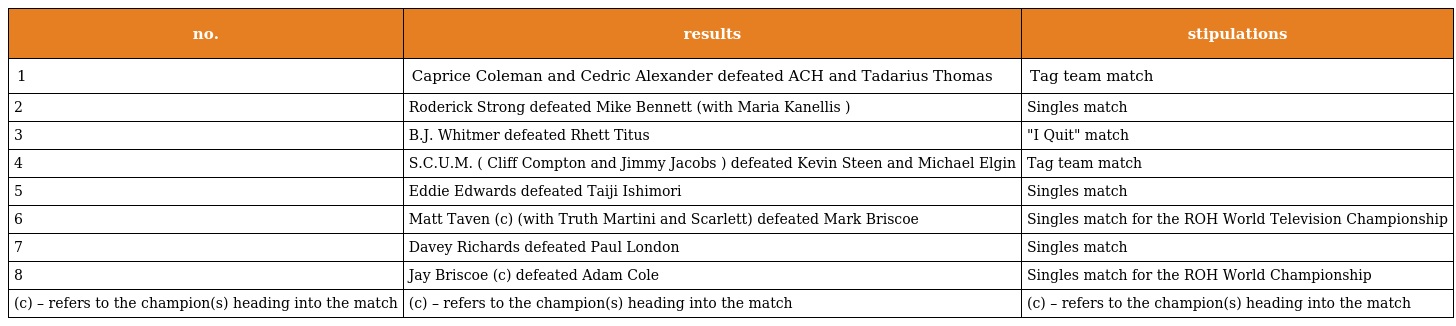
| no. | results | stipulations |
 | --- | --- | --- |
 | 1 | Caprice Coleman and Cedric Alexander defeated ACH and Tadarius Thomas | Tag team match |
 | 2 | Roderick Strong defeated Mike Bennett (with Maria Kanellis ) | Singles match |
 | 3 | B.J. Whitmer defeated Rhett Titus | "I Quit" match |
 | 4 | S.C.U.M. ( Cliff Compton and Jimmy Jacobs ) defeated Kevin Steen and Michael Elgin | Tag team match |
 | 5 | Eddie Edwards defeated Taiji Ishimori | Singles match |
 | 6 | Matt Taven (c) (with Truth Martini and Scarlett) defeated Mark Briscoe | Singles match for the ROH World Television Championship |
 | 7 | Davey Richards defeated Paul London | Singles match |
 | 8 | Jay Briscoe (c) defeated Adam Cole | Singles match for the ROH World Championship |
 | (c) – refers to the champion(s) heading into the match | (c) – refers to the champion(s) heading into the match | (c) – refers to the champion(s) heading into the match |